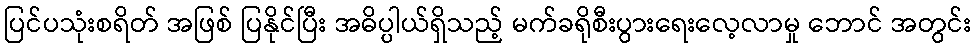
ပြင်ပသုံးစရိတ် အဖြစ် ပြနိုင်ပြီး အဓိပ္ပါယ်ရှိသည့် မက်ခရိုစီးပွားရေးလေ့လာမှု ဘောင် အတွင်း